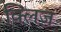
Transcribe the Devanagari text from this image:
क्लिज़